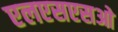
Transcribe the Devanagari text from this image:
एलएसएसओ